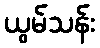
ယွမ်သန်း